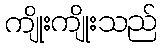
ကျိုးကျိုးသည်